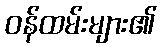
ဝန်ထမ်းများ၏